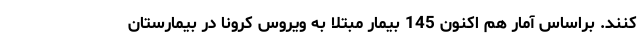
کنند. براساس آمار هم اکنون 145 بیمار مبتلا به ویروس کرونا در بیمارستان